Resolution. No. 1369 Ex.
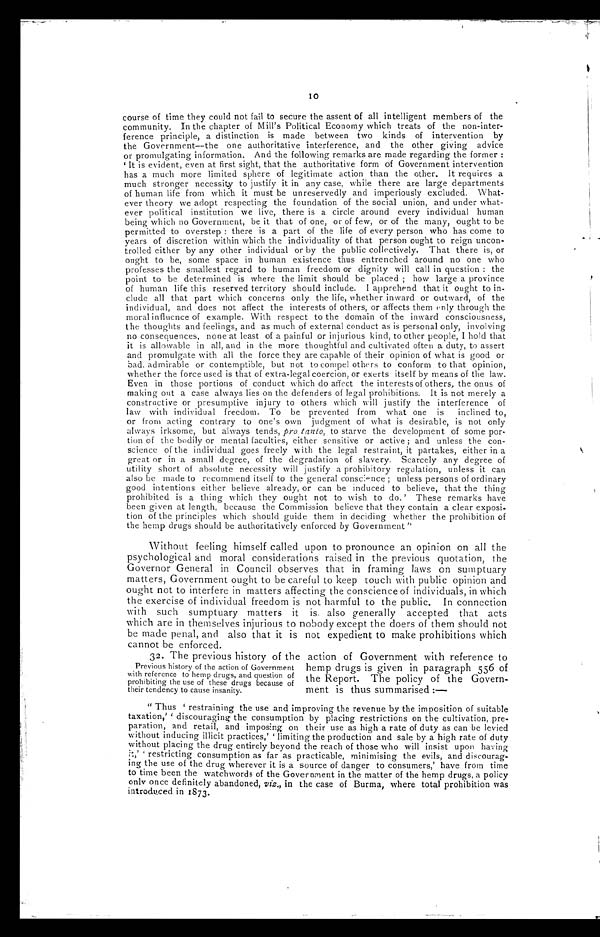
10
course of time they could not fail to secure the assent of all intelligent members of the
community. In the chapter of Mill's Political Economy which treats of the non-inter--
ference principle, a distinction is made between two kinds of intervention by
the Government--the one authoritative interference, and the other giving advice
or promulgating information. And the following remarks are made regarding the former :
It is evident, even at first sight, that the authoritative form of Government intervention
has a much more limited sphere of legitimate action than the other. It requires a
much stronger necessity to justify it in any case, while there are large departments
of human life from which it must be unreservedly and imperiously excluded. What--
ever theory we adopt respecting the foundation of the social union, and under what--
ever political institution we live, there is a circle around every individual human
being which no Government, be it that of one, or of few, or of the many, ought to be
permitted to overstep : there is a part of the life of every person who has come to
years of discretion within which the individuality of that person ought to reign uncon--
trolled either by any other individual or by the public collectively. That there is, or
ought to be, some space in human existence thus entrenched around no one who
professes the smallest regard to human freedom or dignity will call in question : the
point to be determined is where the limit should be placed ; how large a province
of human life this reserved territory should include. I apprehend that it ought to in--
clude all that part which concerns only the life, whether inward or outward, of the
individual, and does not affect the interests of others, or affects them only through the
moral influence of example. With respect to the domain of the inward consciousness,
the thoughts and feelings, and as much of external conduct as is personal only, involving
no consequences, none at least of a painful or injurious kind, to other people, I hold that
it is allowable in all, and in the more thoughtful and cultivated often a duty, to assert
and promulgate with all the force they are capable of their opinion of what is good or
bad, admirable or contemptible, but not to compel others to conform to that opinion,
whether the force used is that of extra-legal coercion, or exerts itself by means of the law.
Even in those portions of conduct which do affect the interests of others, the onus of
making out a case always lies on the defenders of legal prohibitions. It is not merely a
constructive or presumptive injury to others which will justify the interference of
law with individual freedom. To be prevented from what one is inclined to,
or from acting contrary to one's own judgment of what is desirable, is not only
always irksome, but always tends, pro tanto, to starve the development of some por-
tion of the bodily or mental faculties, either sensitive or active ; and unless the co
n-science of the individual goes freely with the legal restraint, it partakes, either in a
great or in a small degree, of the degradation of slavery. Scarcely any degree of
utility short of absolute necessity will justify a prohibitory regulation, unless it can
also be made to recommend itself to the general conscience ; unless persons of ordinary
good intentions either believe already, or can be induced to believe, that the thing
prohibited is a thing which they ought not to wish to do, ' These remarks have
been given at length, because the Commission believe that they contain a clear
e x p o s i - t i o n o f t h e p r i n c i p l e s w h i c h s h o u l d g u i d e t h e m i n d e c i d i n g w h e t h e r t h e p r o h i b i t i o n o f
the hemp drugs should be authoritatively enforced by Government"
Without feeling himself called upon to pronounce an opinion on all the
psychological and moral considerations raised in the previous quotation, the
Governor General in Council observes that in framing laws on sumptuary
matters, Government ought to be careful to keep touch with public opinion and
ought not to interfere in matters affecting the conscience of individuals, in which
the exercise of individual freedom is not harmful to the public. In connection
with such sumptuary matters it is. also generally accepted that acts
which are in themselves injurious to nobody except the doers of them should not
be made penal, and also that it is not expedient to make prohibitions which
cannot be enforced.
32. The previous history of the action of Government with reference to
hemp drugs is given in paragraph 556 of
the Report. The policy of the Govern-
ment is thus summarised :—
Previous history of the action of Government
with reference to hemp drugs, and question of
prohibiting the use of these drugs because of
their tendency to cause insanity.
" Thus restraining the use and improving the revenue by the imposition of suitable
taxation,' discouraging the consumption by placing restrictions on the cultivation, pre--
paration, and retail, and imposing on their use as high a rate of duty as can be levied
without inducing illicit practices,' limiting the production and sale by a high rate of duty
without placing the drug entirely beyond the reach of those who will insist upon
having restricting consumption as far as practicable, minimising the evils, and discourag
- i n g t h e u s e o f t h e d r u g w h e r e v e r i t i s a s o u r c e o f d a n g e r t o c o n s u m e r s , ' h a v e f r o m t i m e
to time been the watchwords of the Government in the matter of the hemp drugs, a policy
only once definitely abandoned, viz., in the case of Burma, where total prohibition was
introduced in 1873.